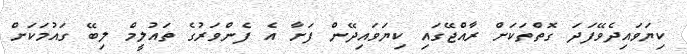
ކިޔަވައިދެވޭފަދަ ގޮތްތަކަށް ރާއްޖޭގައި ކިޔަވައިދޭން ފަށާ އެ ފެންވަރުގެ ތައުލީމް ލިބޭ ގައުމަކަށް